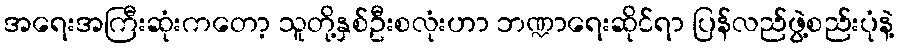
အရေးအကြီးဆုံးကတော့ သူတို့နှစ်ဦးစလုံးဟာ ဘဏ္ဍာရေးဆိုင်ရာ ပြန်လည်ဖွဲ့စည်းပုံနဲ့